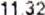
11.32